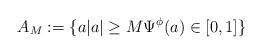
LaTeX: \begin{align*}A_M:=\{ a |a|\ge M \Psi^{\phi}(a) \in [0,1] \}\end{align*}